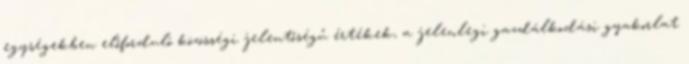
egységekben előforduló közösségi jelentőségű értékek, a jelenlegi gazdálkodási gyakorlat